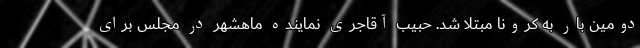
دومین بار به کرونا مبتلا شد. حبیب آقاجری نماینده ماهشهر در مجلس برای